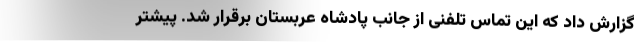
گزارش داد که این تماس تلفنی از جانب پادشاه عربستان برقرار شد. پیشتر